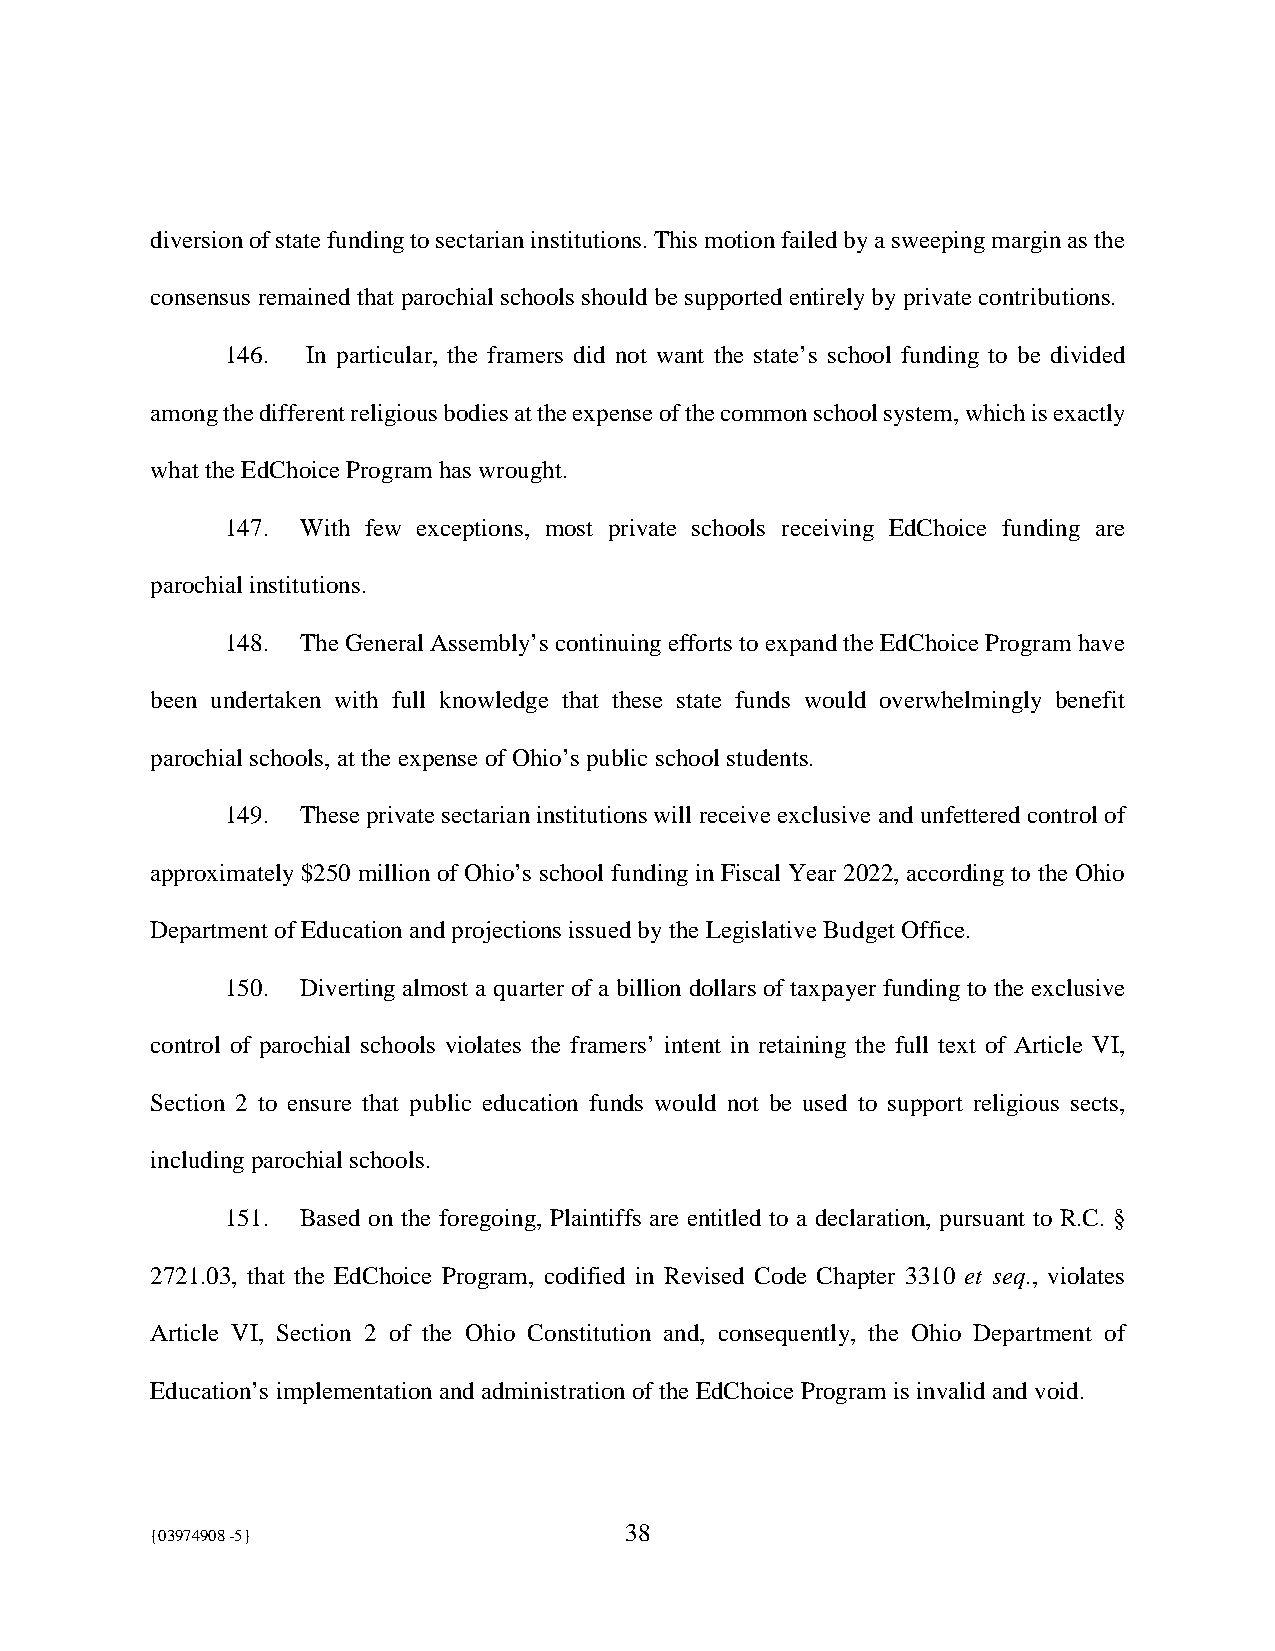
diversion of state funding to sectarian institutions. This motion failed by a sweeping margin as the
 consensus remained that parochial schools should be supported entirely by private contributions.
 146. In particular, the framers did not want the state’s school funding to be divided
 among the different religious bodies at the expense of the common school system, which is exactly
 what the EdChoice Program has wrought.
 147. With few exceptions, most private schools receiving EdChoice funding are
 parochial institutions.
 148. The General Assembly’s continuing efforts to expand the EdChoice Program have
 been undertaken with full knowledge that these state funds would overwhelmingly benefit
 parochial schools, at the expense of Ohio’s public school students.
 149. These private sectarian institutions will receive exclusive and unfettered control of
 approximately $250 million of Ohio’s school funding in Fiscal Year 2022, according to the Ohio
 Department of Education and projections issued by the Legislative Budget Office.
 150. Diverting almost a quarter of a billion dollars of taxpayer funding to the exclusive
 control of parochial schools violates the framers’ intent in retaining the full text of Article VI,
 Section 2 to ensure that public education funds would not be used to support religious sects,
 including parochial schools.
 151. Based on the foregoing, Plaintiffs are entitled to a declaration, pursuant to R.C. §
 2721.03, that the EdChoice Program, codified in Revised Code Chapter 3310 et seq., violates
 Article VI, Section 2 of the Ohio Constitution and, consequently, the Ohio Department of
 Education’s implementation and administration of the EdChoice Program is invalid and void.
 {03974908 -5}                  38